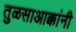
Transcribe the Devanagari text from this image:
तुळसाआक्कांनी